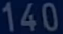
140